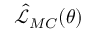
\hat { \mathcal { L } } _ { M C } ( \theta )